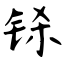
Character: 铩